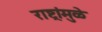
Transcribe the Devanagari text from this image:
राष्ट्रांमुळे